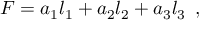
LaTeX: F = a _ { 1 } l _ { 1 } + a _ { 2 } l _ { 2 } + a _ { 3 } l _ { 3 } \, \, \, ,